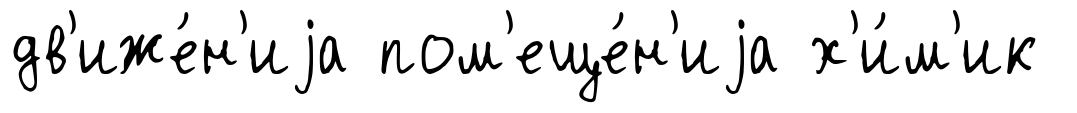
дв'иже́н'иjа пом'еще́н'иjа х'и́м'ик